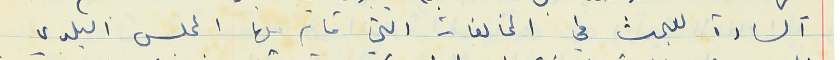
السادة للبحث في المخالفات التي قام بها المجلس البلدي